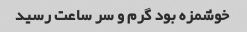
خوشمزه بود گرم و سر ساعت رسید